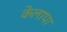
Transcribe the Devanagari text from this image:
केलापा